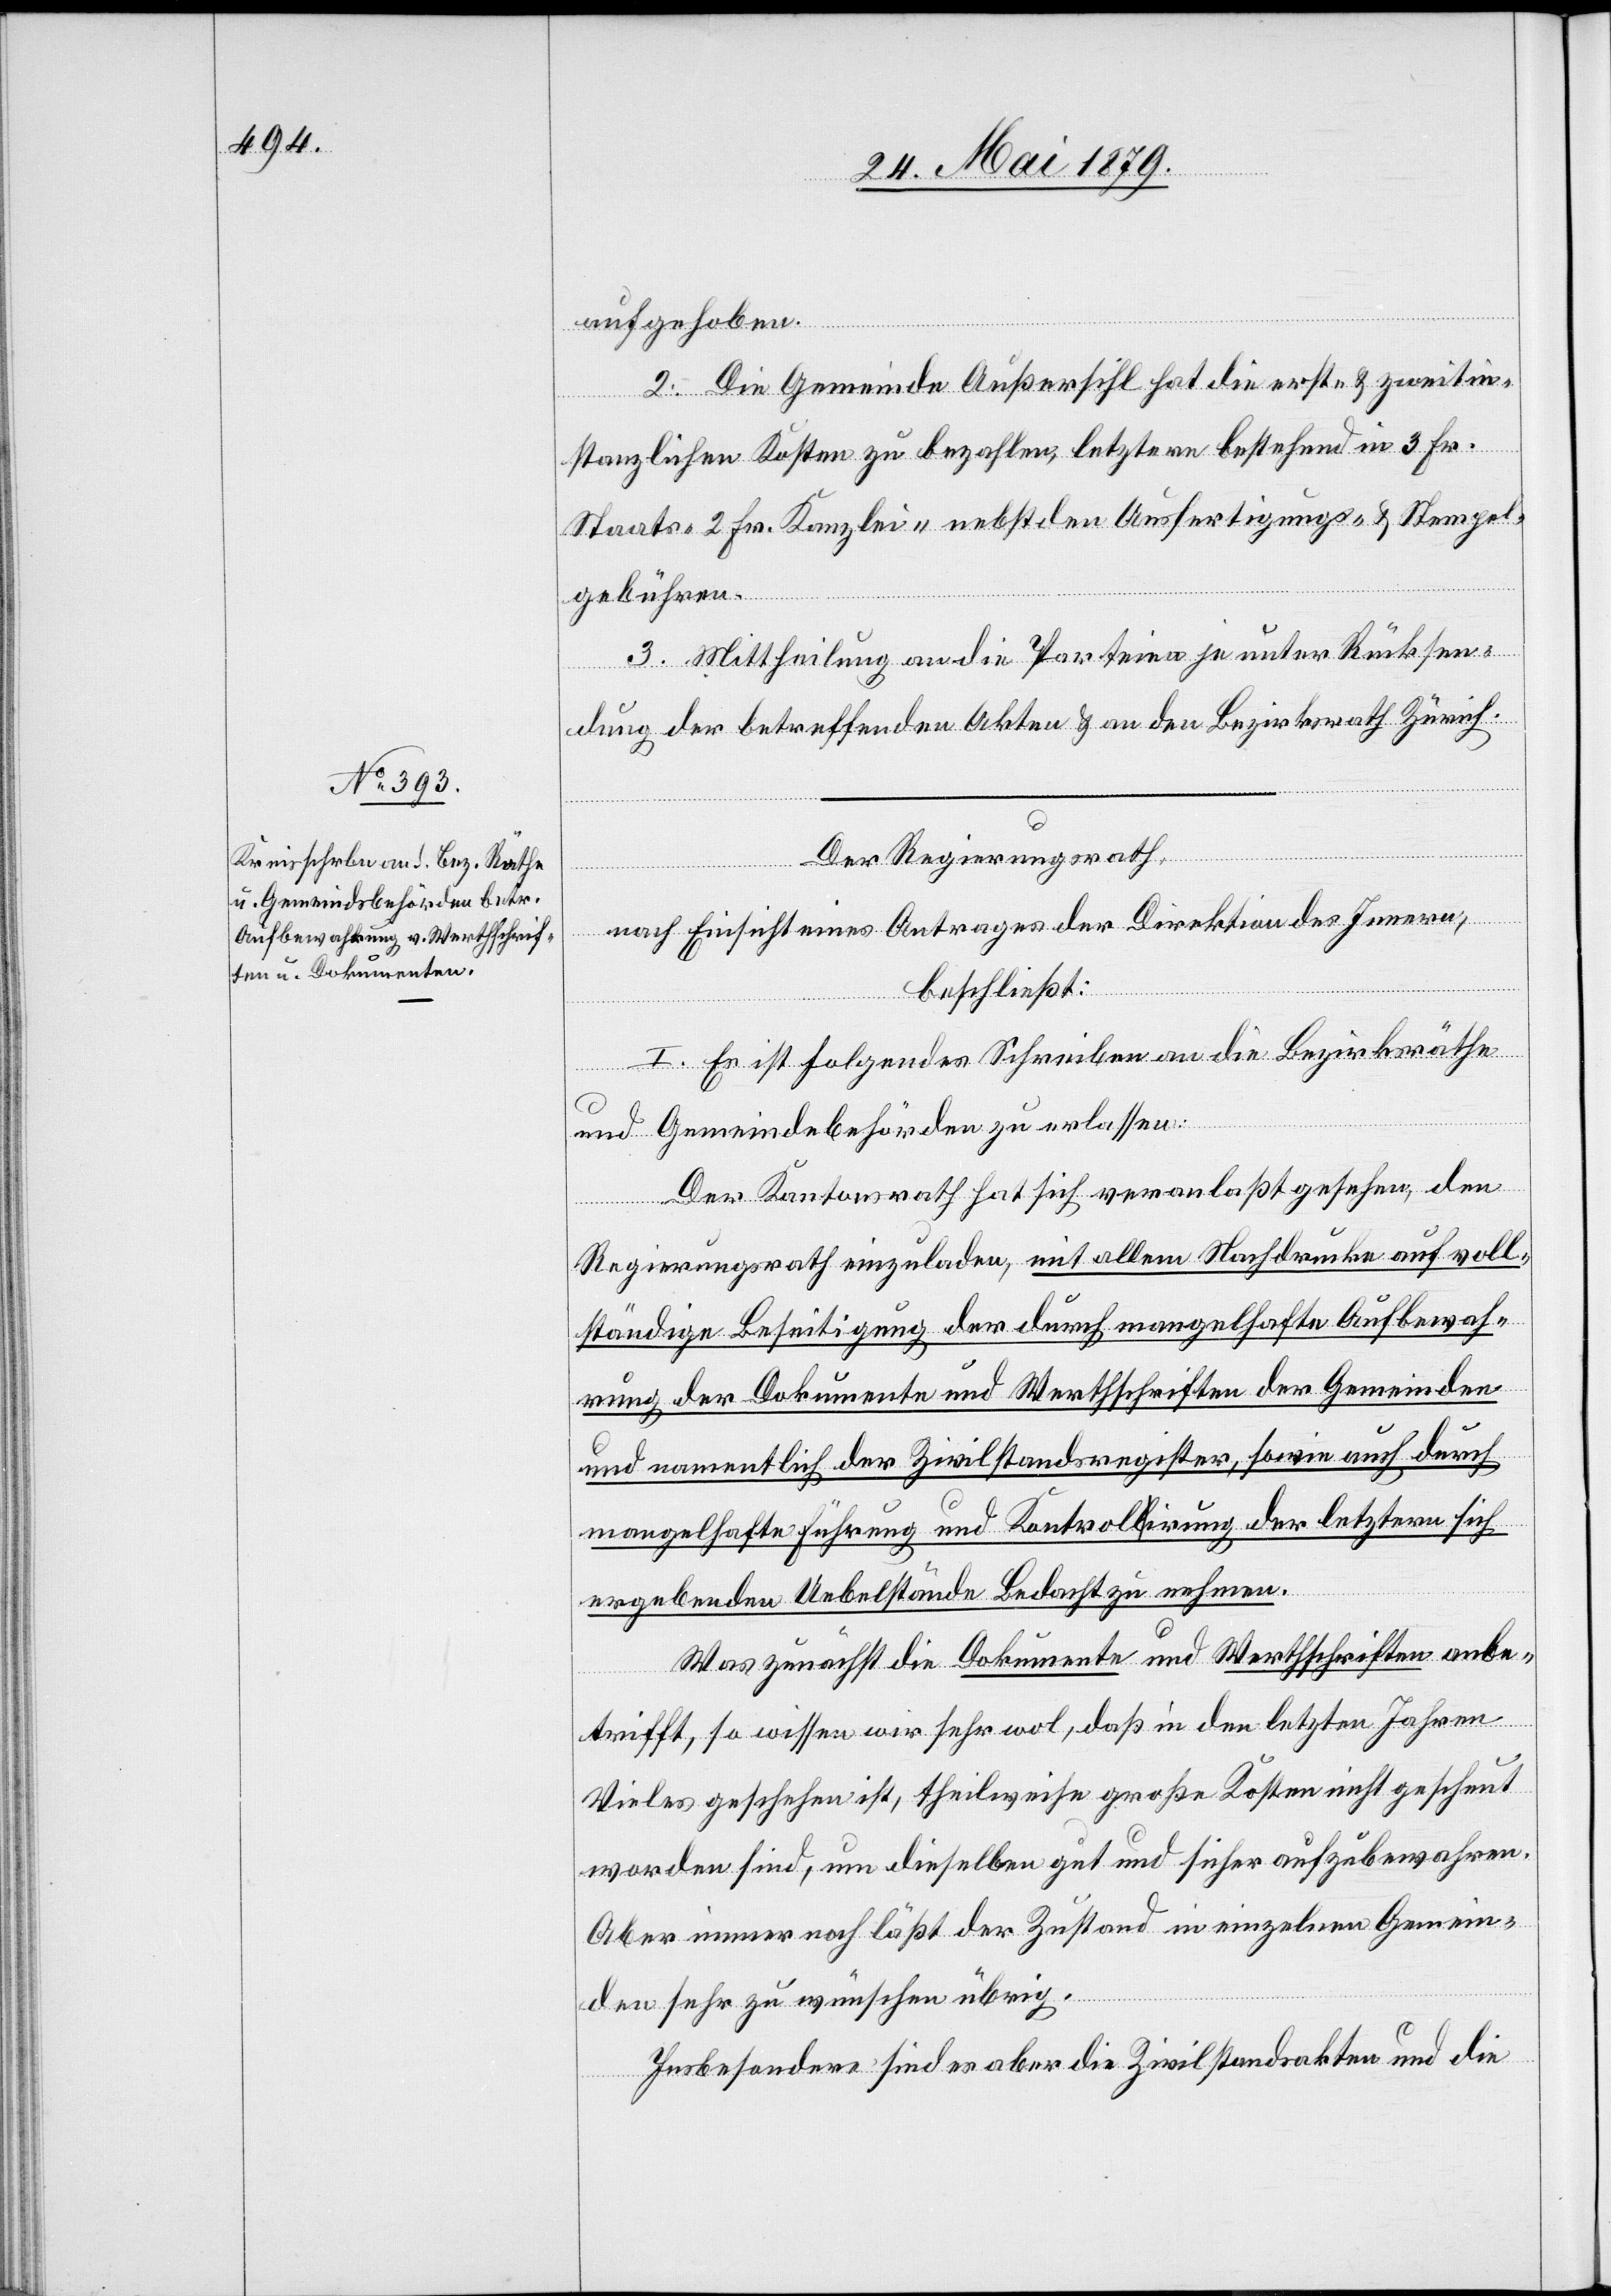
aufgehoben.
2. Die Gemeinde Außersihl hat die erst- & zweitin¬
stanzlichen Kosten zu bezahlen, letztere bestehend in 3 Fr.
Staats- 2 Fr. Kanzlei- nebst den Ausfertigungs- & Stempel¬
gebühren.
3. Mittheilung an die Parteien je unter Rücksen¬
dung der betreffenden Akten & an den Bezirksrath Zürich.
Der Regierungsrath,
nach Einsicht eines Antrages der Direktion des Innern,
beschließt:
I. Es ist folgendes Schreiben an die Bezirksräthe
und Gemeindebehörden zu erlassen:
Der Kantonsrath hat sich veranlaßt gesehen, den
Regierungsrath einzuladen, mit allem Nachdrucke auf voll¬
ständige Beseitigung der durch mangelhafte Aufbewah¬
rung der Dokumente und Werthschriften der Gemeinden
und namentlich der Zivilstandsregister, sowie auch durch
mangelhafte Führung und Kontrolirung der letztern sich
ergebenden Uebelstände Bedacht zu nehmen.
Was zunächst die Dokumente und Werthschriften anbe¬
trifft, so wissen wir sehr wol, daß in den letzten Jahren
Vieles geschehen ist, theilweise große Kosten nicht gescheut
worden sind, um dieselben gut und sicher aufzubewahren.
Aber immer noch läßt der Zustand in einzelnen Gemein¬
den sehr zu wünschen übrig.
Insbesonders sind es aber die Zivilstandsakten und die